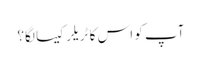
آپ کو اس کا ٹریلر کیسا لگا؟